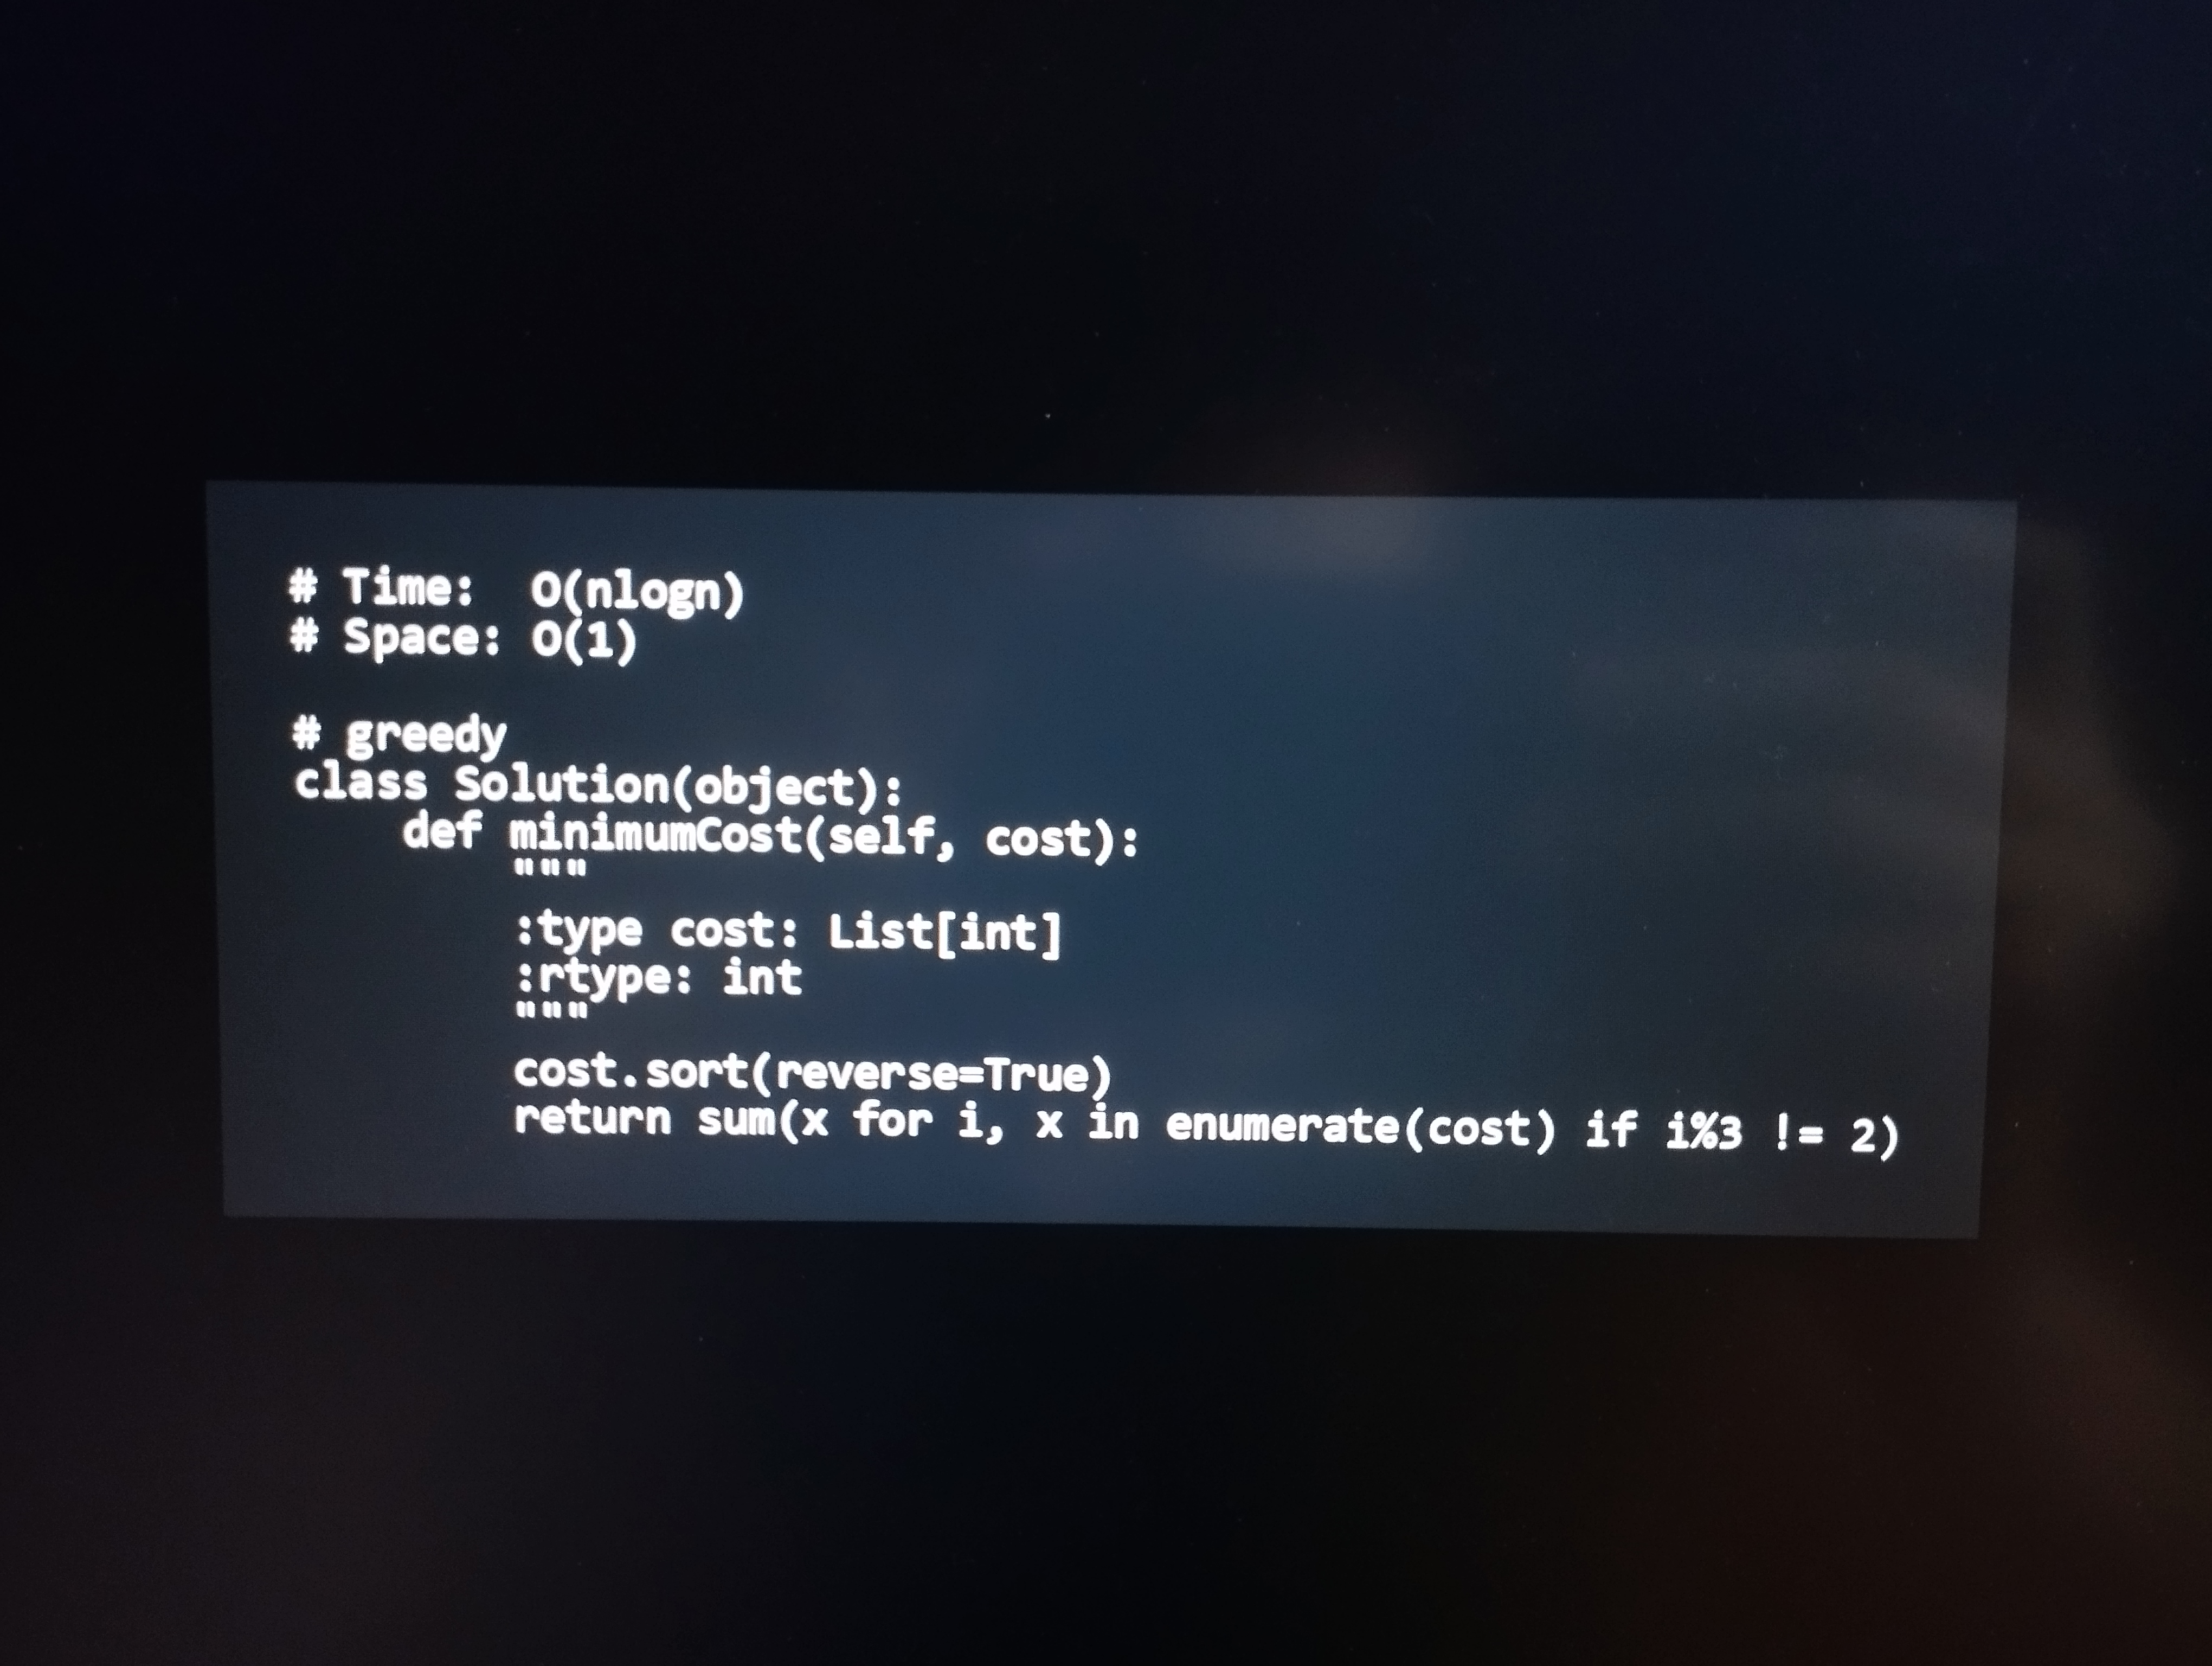
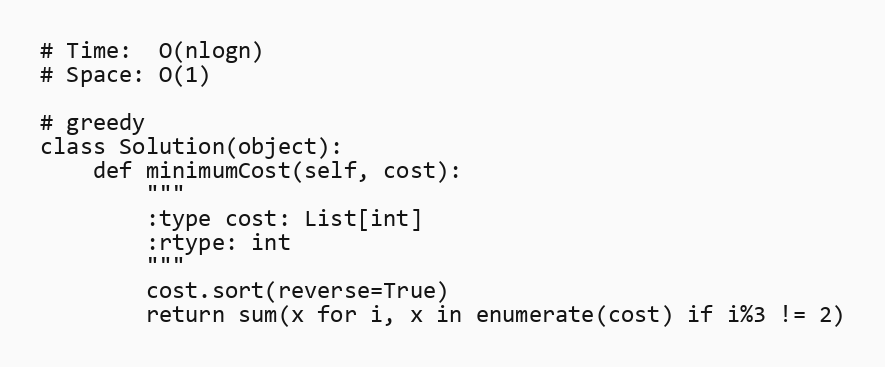
# Time:  O(nlogn)
# Space: O(1)

# greedy
class Solution(object):
    def minimumCost(self, cost):
        """
        :type cost: List[int]
        :rtype: int
        """
        cost.sort(reverse=True)
        return sum(x for i, x in enumerate(cost) if i%3 != 2)